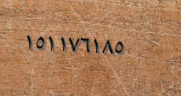
١٥١١٧٦١٨٥